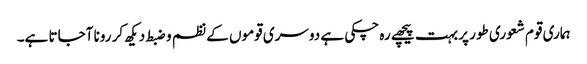
ہماری قوم شعوری طور پر بہت پیچھے رہ چکی ہے دوسری قوموں کے نظم و ضبط دیکھ کر رونا آجاتا ہے۔